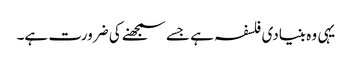
یہی وہ بنیادی فلسفہ ہے جسے سمجھنے کی ضرورت ہے۔